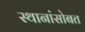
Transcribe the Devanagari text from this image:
स्थानांसोबत